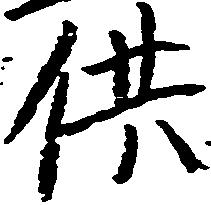
供